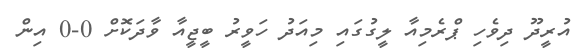
އުރީދޫ ދިވެހި ޕްރެމިއާ ލީގުގައި މިއަދު ހަވީރު ބީޖީއާ ވާދަކޮށް 0-0 އިން